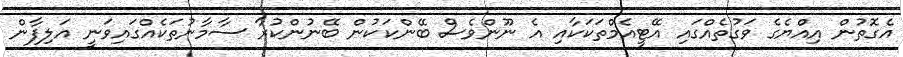
އެގޮތުން އިއްޔެގެ ވަގުތެއްގައި އޭޓީއެމްތަކަކާއި އެ ނޫންވެސް ބޭންކަކުން ބޭނުންކުރާ ސާމާނުތަކެއްގައިވަނީ އަލިފާން